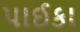
પાઈકા